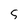
Character: 5